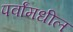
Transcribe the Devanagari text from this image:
पर्वांमधील